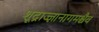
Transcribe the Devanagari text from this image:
शूद्राज्ज्ञानागमश्चैव